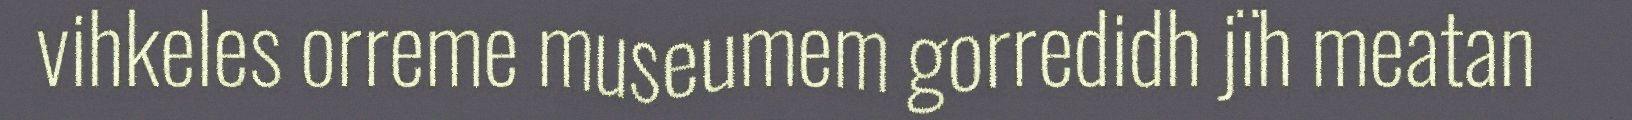
vihkeles orreme museumem gorredidh jïh meatan